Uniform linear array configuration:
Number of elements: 64
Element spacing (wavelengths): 0.75
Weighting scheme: cosine
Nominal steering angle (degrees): -45
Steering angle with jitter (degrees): -43.446
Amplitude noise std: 0.05
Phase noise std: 0.05

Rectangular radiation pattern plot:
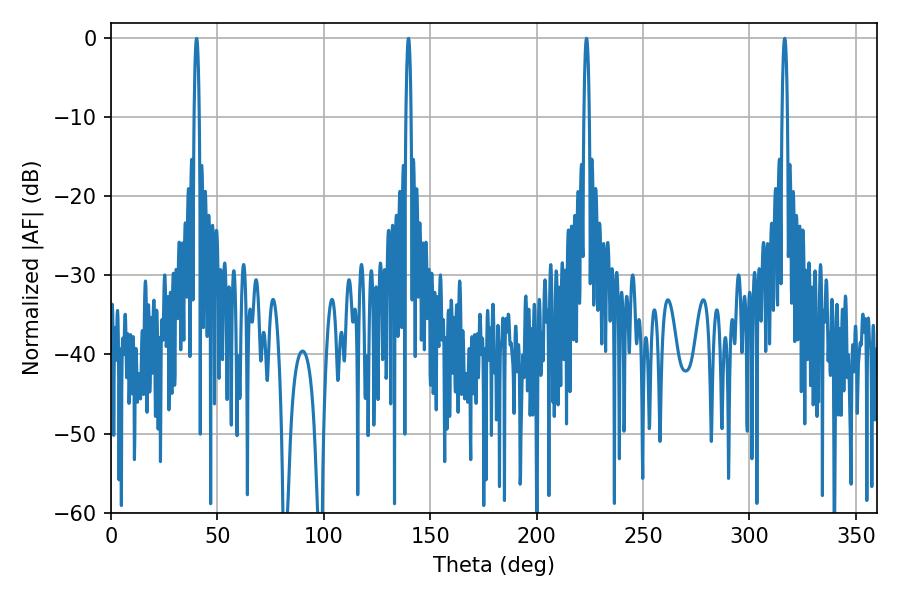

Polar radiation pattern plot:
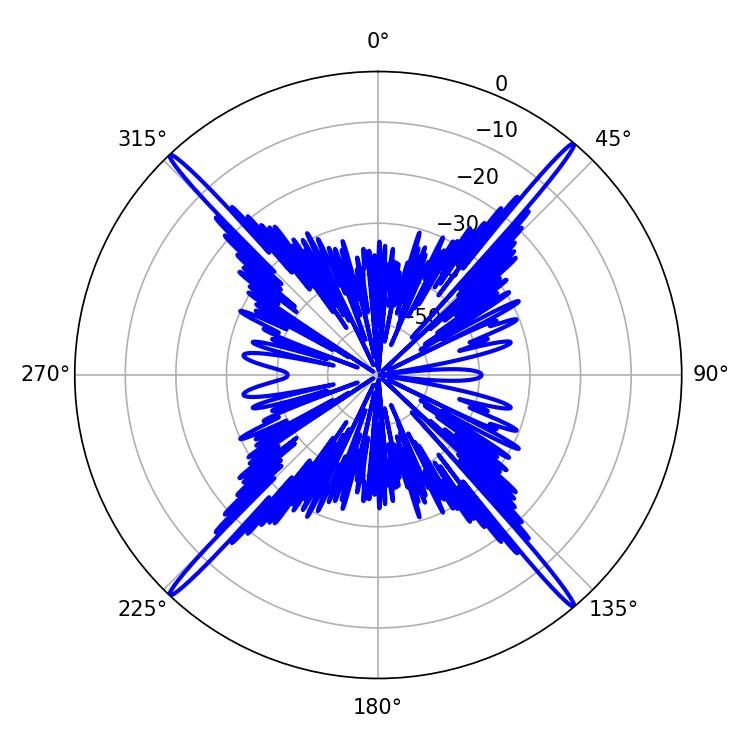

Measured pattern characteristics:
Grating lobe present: TRUE
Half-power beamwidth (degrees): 1.26
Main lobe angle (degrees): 223.38